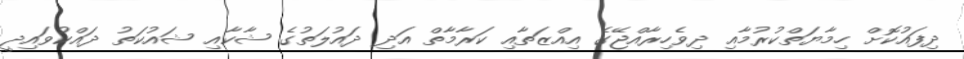
ދިފައުކޮށް ހިމާޔަތްކުރުމާއި ދިވެހިރާއްޖޭގެ އިއްޒަތާއި ކަރާމާތް އަދި ދައުލަތުގެ ޝާކާއި ޝައުކަތު ދައްކުވައިދީ